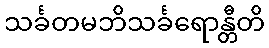
သင်္ခတမဘိသင်္ခရောန္တီတိ